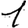
Digit: 1